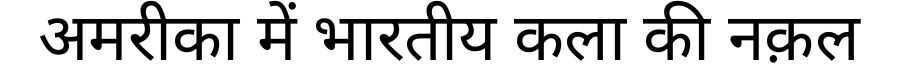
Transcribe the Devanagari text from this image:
अमरीका में भारतीय कला की नक़ल